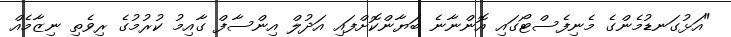
"އަޅުގަނޑުމެންގެ މެނިފެސްޓޯގައި އޮންނާނެ ބަޔާންކޮށްފައި އަދުލް އިންސާފް ގާއިމު ކުރުމުގެ ރިވެތި ނިޒާމެއް